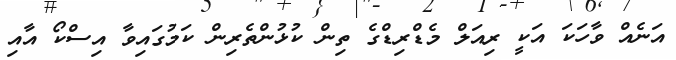
އަނެއް ވާހަކަ އަކީ ރިއަލް މެޑްރިޑްގެ ތިން ކުޅުންތެރިން ކަމުގައިވާ އިސްކޯ އާއި